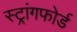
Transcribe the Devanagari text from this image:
स्ट्रांगफोर्ड